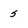
Character: s